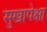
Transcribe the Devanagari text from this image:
सुखापेक्षा